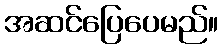
အဆင်ပြေပေမည်။